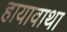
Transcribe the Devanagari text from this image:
हायावाथा